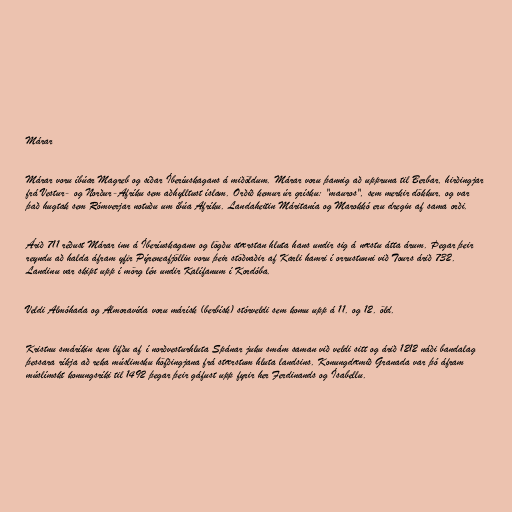
Márar

Márar voru íbúar Magreb og síðar Íberíuskagans á miðöldum. Márar voru þannig að uppruna til Berbar, hirðingjar
frá Vestur- og Norður-Afríku sem aðhylltust íslam. Orðið kemur úr grísku: "mauros", sem merkir dökkur, og var
það hugtak sem Rómverjar notuðu um íbúa Afríku. Landaheitin Máritanía og Marokkó eru dregin af sama orði.

Árið 711 réðust Márar inn á Íberíuskagann og lögðu stærstan hluta hans undir sig á næstu átta árum. Þegar þeir
reyndu að halda áfram yfir Pýreneafjöllin voru þeir stöðvaðir af Karli hamri í orrustunni við Tours árið 732.
Landinu var skipt upp í mörg lén undir Kalífanum í Kordóba.

Veldi Almóhada og Almoravída voru márísk (berbísk) stórveldi sem komu upp á 11. og 12. öld.

Kristnu smáríkin sem lifðu af í norðvesturhluta Spánar juku smám saman við veldi sitt og árið 1212 náði bandalag
þessara ríkja að reka múslimsku höfðingjana frá stærstum hluta landsins. Konungdæmið Granada var þó áfram
múslímskt konungsríki til 1492 þegar þeir gáfust upp fyrir her Ferdinands og Ísabellu.